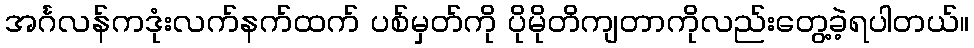
အင်္ဂလန်ကဒုံးလက်နက်ထက် ပစ်မှတ်ကို ပိုမိုတိကျတာကိုလည်းတွေ့ခဲ့ရပါတယ်။